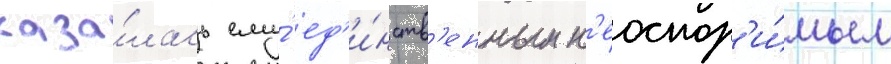
каза́лась ему́ ед'и́нств'енным н'еоспор'и́мым